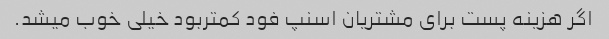
اگر هزینه پست برای مشتریان اسنپ فود کمتربود خیلی خوب میشد.